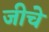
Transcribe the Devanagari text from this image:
जीचे